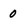
Character: 0